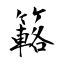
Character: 簵